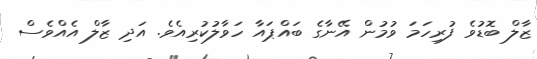
ޒާލް ބޮޑުވެ ފުރިހަމަ ވުމުން އޭނާގެ ބައްޕައާ ހަވާލުކުރިއެވެ. އަދި ޒާލް އެއްވެސް